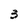
Character: 3